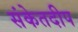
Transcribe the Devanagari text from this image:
संकेतदीप